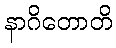
နာဂိတောတိ